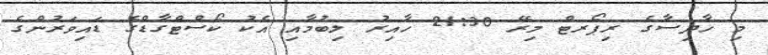
މި ހާދިސާގެ ރިޕޯރޓް މިރޭ 21:30 ހާއިރު ލިބުމާއި އެކު ކޯސްޓްގާޑްގެ ޑައިވަރުންގެ